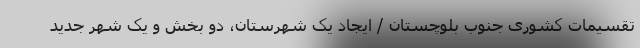
تقسیمات کشوری جنوب بلوچستان / ایجاد یک شهرستان، دو بخش و یک شهر جدید